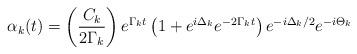
LaTeX: \begin{align*}\alpha _k(t)=\left( \frac{C _k}{2\Gamma _k}\right) e^{\Gamma _kt}\left(1+e^{i\Delta _k}e^{-2\Gamma _kt}\right) e^{-i\Delta _k/2}e^{-i\Theta _k}\end{align*}